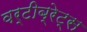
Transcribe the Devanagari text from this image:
वर्टीब्रेट्स